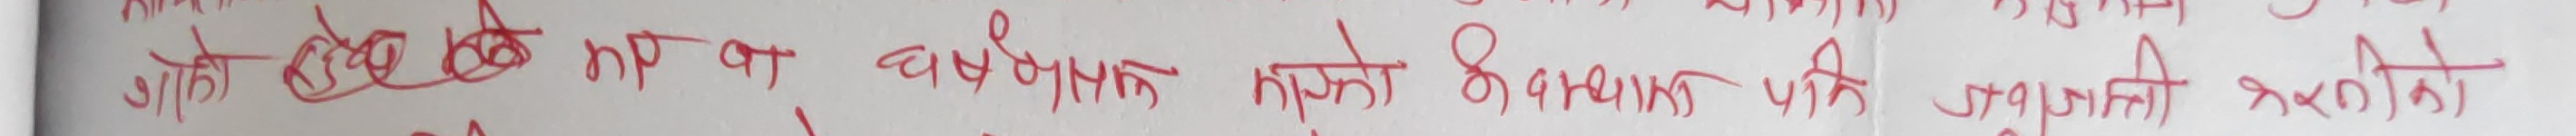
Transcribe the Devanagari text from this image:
गोले ठेले नाप का चर्बक मिजको कथा लेख्ने भन्नु पनि जगाती नलेखेको